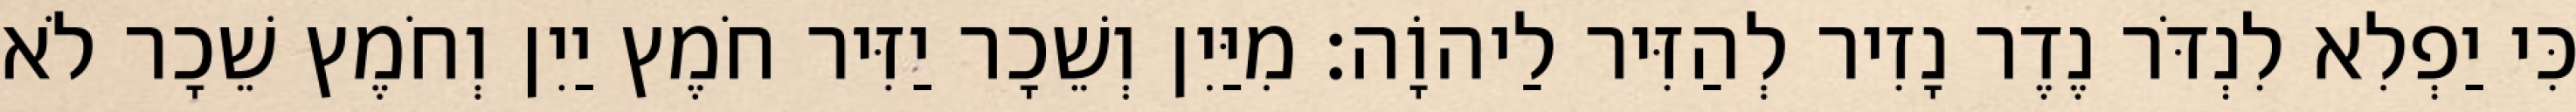
כִּי יַפְלִא לִנְדֹּר נֶדֶר נָזִיר לְהַזִּיר לַיהוָֹה׃ מִיַּיִן וְשֵׁכָר יַזִּיר חֹמֶץ יַיִן וְחֹמֶץ שֵׁכָר לֹא